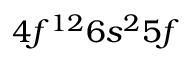
4 f ^ { 1 2 } 6 s ^ { 2 } 5 f